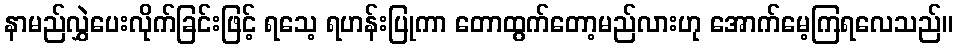
နာမည်လွှဲပေးလိုက်ခြင်းဖြင့် ရသေ့ ရဟန်းပြုကာ တောထွက်တော့မည်လားဟု အောက်မေ့ကြရလေသည်။